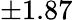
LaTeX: \pm 1.87